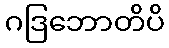
ဂဒြဘောတိပိ